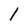
Character: 1